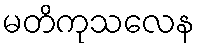
မတိကုသလေန